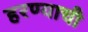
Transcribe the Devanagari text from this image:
हरण्याची